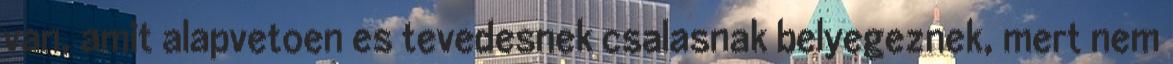
van, amit alapvetoen es tevedesnek csalasnak belyegeznek, mert nem